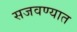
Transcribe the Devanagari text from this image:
सजवण्यात